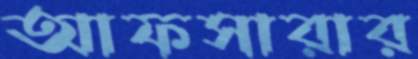
আফসারার